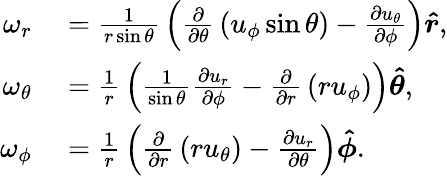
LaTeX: \begin{array}{rl}{\omega_{r}}&{{}={\frac{1}{r\sin\theta}}\left({\frac{\partial}{\partial\theta}}\left(u_{\phi}\sin\theta\right)-{\frac{\partial u_{\theta}}{\partial\phi}}\right){\boldsymbol{\hat{r}}},}\\ {\omega_{\theta}}&{{}={\frac{1}{r}}\left({\frac{1}{\sin\theta}}{\frac{\partial u_{r}}{\partial\phi}}-{\frac{\partial}{\partial r}}\left(ru_{\phi}\right)\right){\boldsymbol{\hat{\theta}}},}\\ {\omega_{\phi}}&{{}={\frac{1}{r}}\left({\frac{\partial}{\partial r}}\left(ru_{\theta}\right)-{\frac{\partial u_{r}}{\partial\theta}}\right){\boldsymbol{\hat{\phi}}}.}\end{array}